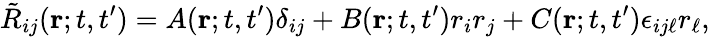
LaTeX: \tilde{R}_{ij}({\mathbf{r}};t,t^{\prime})=A({\mathbf{r}};t,t^{\prime})\delta_{ij}+B({\mathbf{r}};t,t^{\prime})r_{i}r_{j}+C({\mathbf{r}};t,t^{\prime})\epsilon_{ij\ell}r_{\ell},